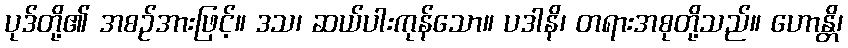
ပုဒ်တို့၏ အစဉ်အားဖြင့်။ ဒသ၊ ဆယ်ပါးကုန်သော။ ပဒါနိ၊ တရားအစုတို့သည်။ ဟောန္တိ၊